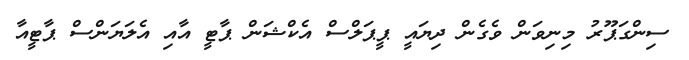
ސިންގަޕޫރު މިނިވަން ވެގެން ދިޔައީ ޕީޕަލްސް އެކްޝަން ޕާޓީ އާއި އެލަޔަންސް ޕާޓީއާ